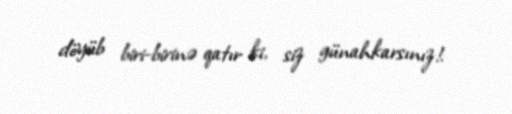
döyüb biri-birinə qatır ki, siz günahkarsınız!.